Tartu_linnavalitsus, lk 93
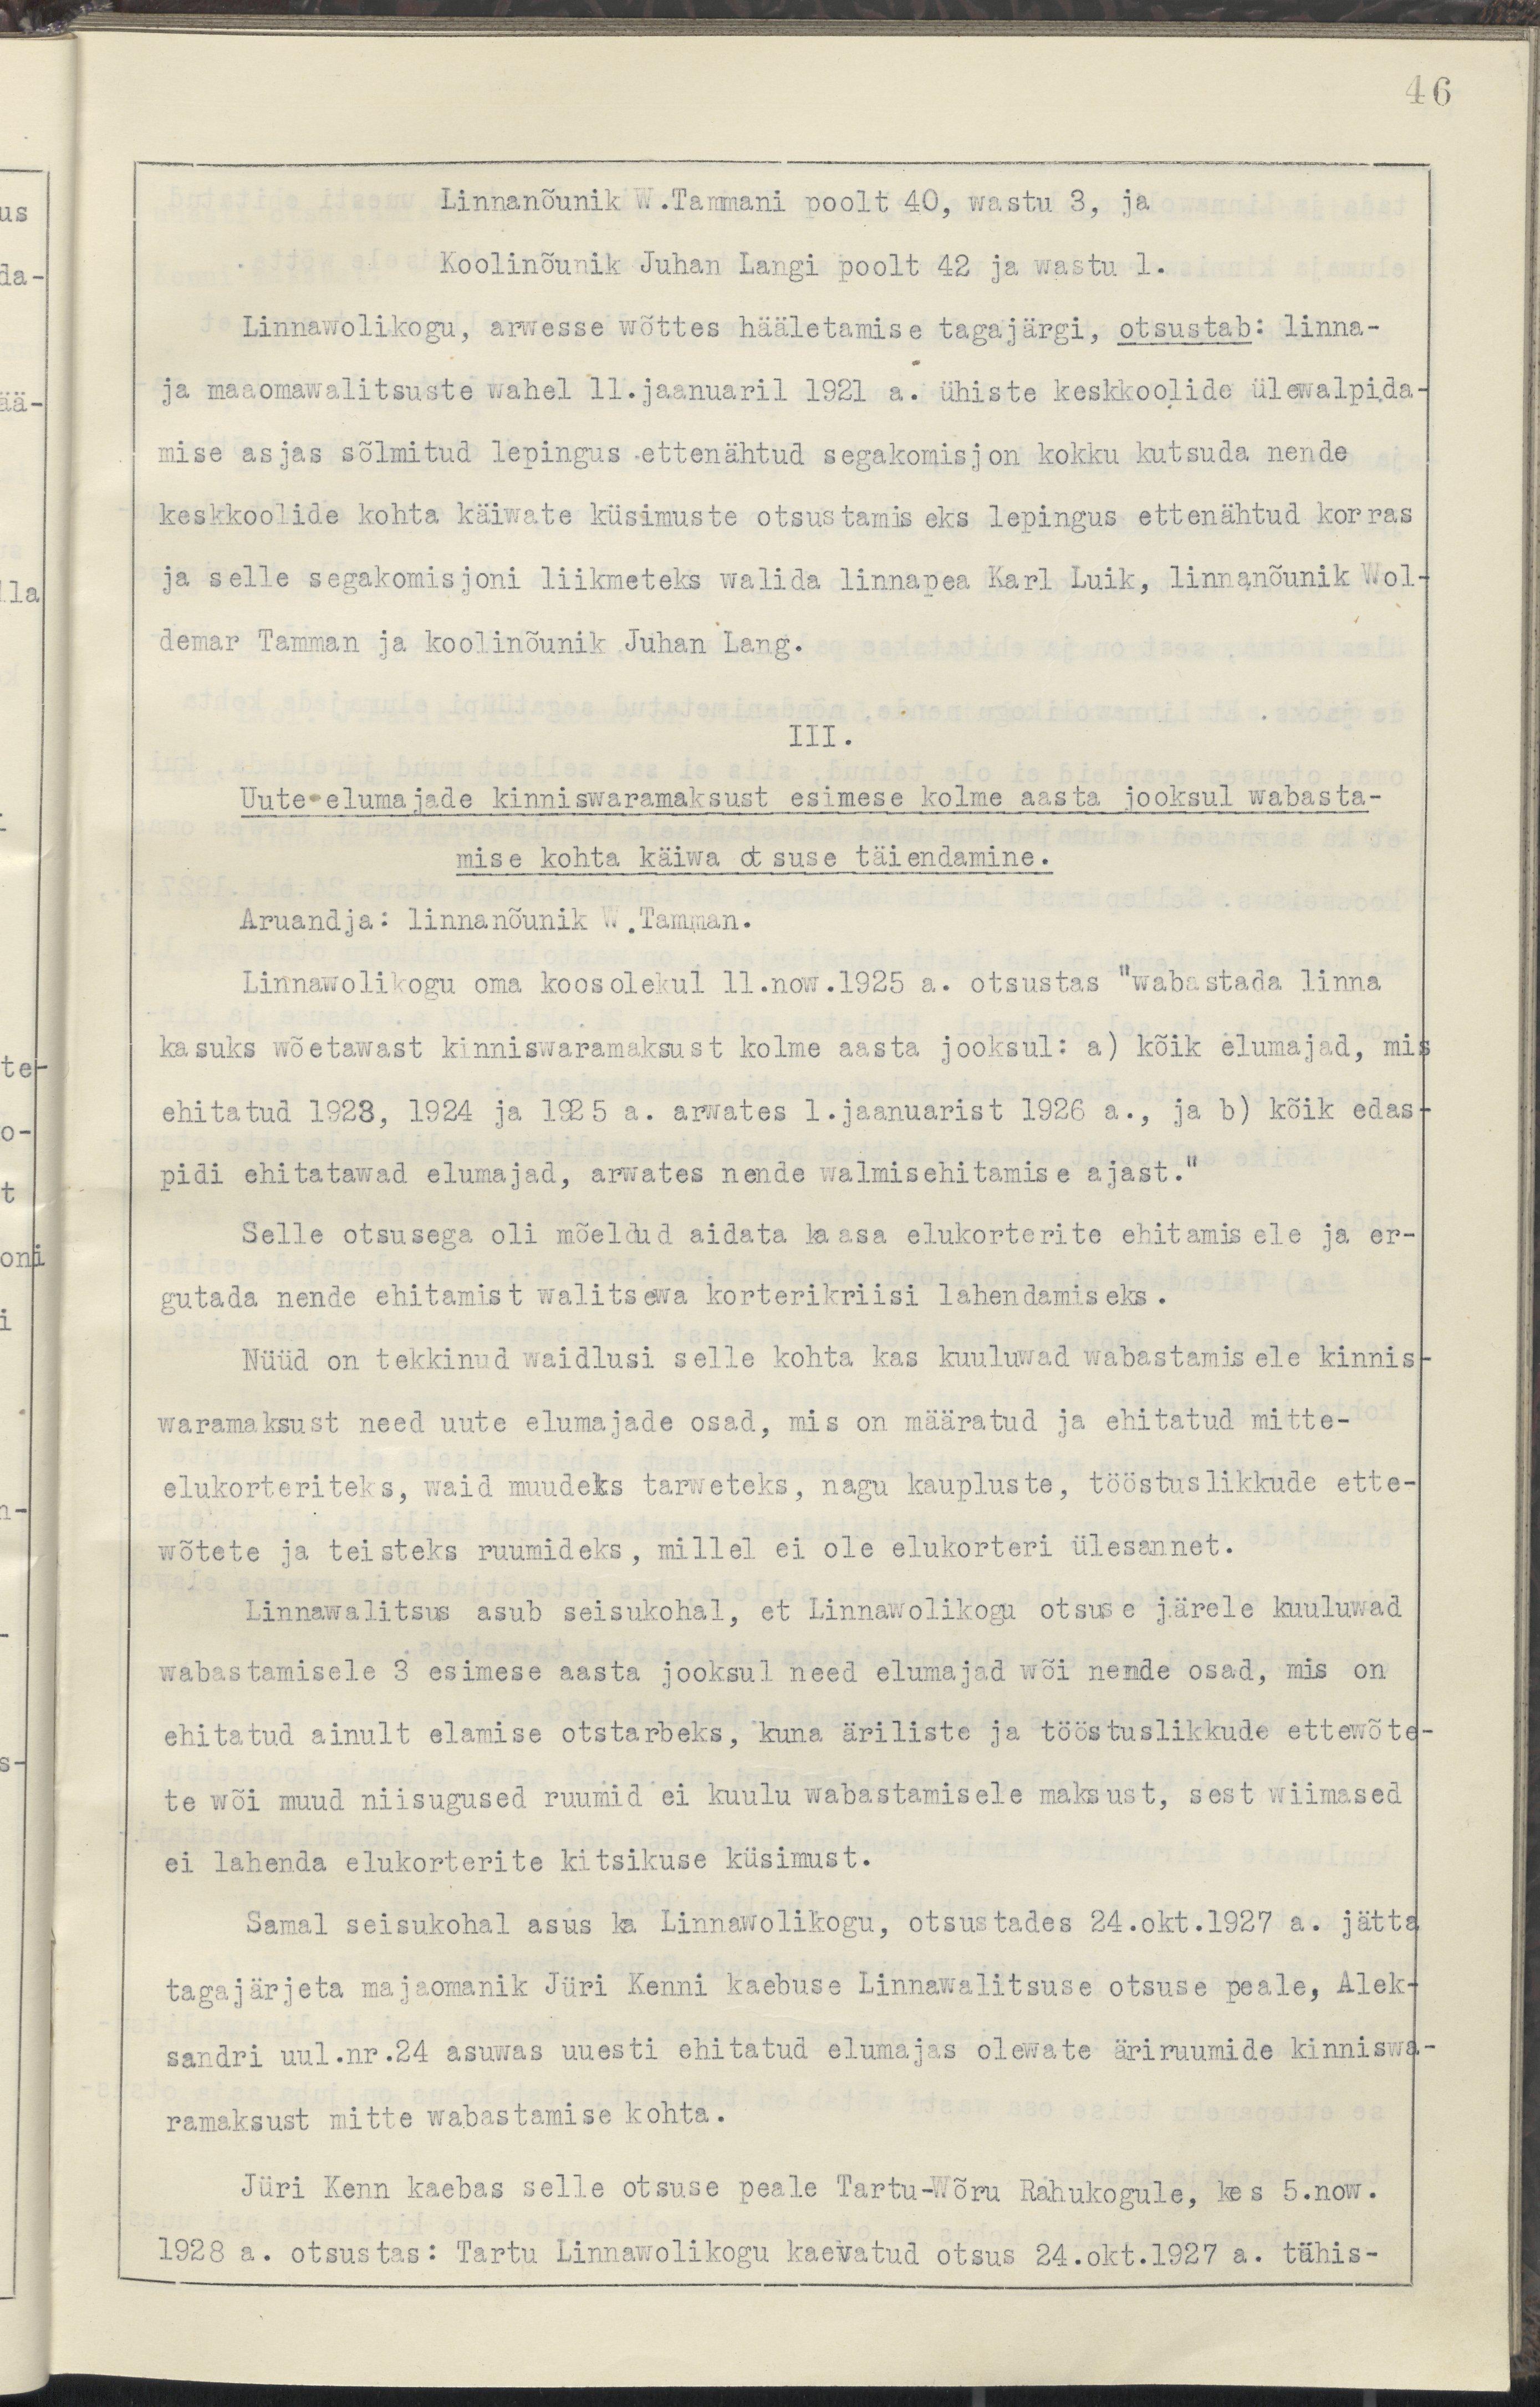
46
Linnanõunik W.Tammani poolt 40, wastu 3 ja
Koolinõunik Juhan Langi poolt 42 ja wastu 1.
Linnawolikogu, arwesse wõttes hääletamise tagajärgi, otsustab: linna-
ja maaomawalitsuste wahel 11.jaanuaril 1921 a. ühiste keskkoolide ülewalpida-
mise asjas sõlmitud lepingus ettenähtud segakomisjon kokku kutsuda nende
keskkoolide kohta käiwate küsimuste otsustamiseks lepingus ettenähtud korras
ja selle segakomisjoni liikmeteks walida linnapea Karl Luik, linnanõunik Wol-
demar Tamman ja koolinõunik Juhan Lang.
III.
Uute elumajade kinniswaramaksust esimese kolme aasta jooksul wabasta-
mise kohta käiwa otsuse täiednamine.
Aruandja: linnanõunik W.Tamman.
Linnawolikogu oma koosolekul 11.now.1925 a. otsustas "wabastada linna
kasuks wõetawast kinniswaramaksust kolme aasta jooksul: a) kõik elumajad, mis
ehitatud 1923, 1924 ja 1925 a. arwates 1. jaanuarist 1926 a., ja b) kõik edas-
pidi ehitatawad elumajad, arwates nende walmisehitamise ajast."
Selle otsusega oli mõeldud aidata kaasa elukorterite ehitamisele ja er-
gutada nende ehitamist walitsewa korterikriisi lahendamiseks.
Nüüd on tekkinud waidlusi selle kohta, kas kuuluwad wabastamisele kinnis-
waramaksust need uute elumajade osad, mis on määratud ja ehitatud mitte-
elukorteriteks, waid muudeks tarweteks, nagu kaupliste, tööstuslikkude ette-
wõtete ja teisteks ruumideks, millel ei ole elukorteri ülesannet.
Linnawalitsus asub seisukohal, et Linnawolikogu otsuse järele kuuluwad
wabastamisele 3 esimese aasta jooksul need elumajad wõi nende osad, mis on
ehitatud ainult elamise otstarbeks, kuna äriliste ja tööstuslikukkude ettewõte-
te wõi muud niisugused ruumid ei kuulu wabastamisele maksust, sest wiimased
ei lahenda elukorterite kitsikuse küsimust.
Samal seisukohal asus ka Linnawolikogu, otsustades 24.okt.1927 a. jätta
tagajärjeta majaomanik Jüri Kenni kaebuse Linnawalitsuse otsuse peale, Alek-
sandri uul.nr.24 asuwas uuuesti ehitatud elumajas olewate äriruumide kinniswa-
ramaksust mitte wabastamise kohta.
Jüri Kenn kaebas selle otsuse peale Tartu-Wõru Rahukogule, kes 5.now.
1928 a. otsusta: Tartu Linnawolikogu kaevatud otsus 24.okt.1927 a. tähis-